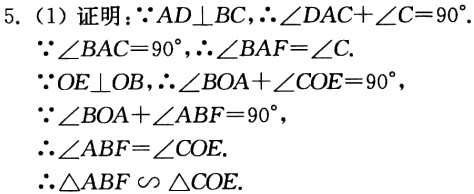
5. (1) 证明：\(\because AD\perp BC,\therefore\angle DAC + \angle C = 90^{\circ}\).

\(\because\angle BAC = 90^{\circ},\therefore\angle BAF=\angle C\).

\(\because OE\perp OB,\therefore\angle BOA+\angle COE = 90^{\circ}\),

\(\because\angle BOA+\angle ABF = 90^{\circ}\),

\(\therefore\angle ABF=\angle COE\).

\(\therefore\triangle ABF\sim\triangle COE\).